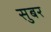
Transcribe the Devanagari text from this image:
सुबर